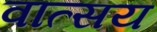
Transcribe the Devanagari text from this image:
वात्सय